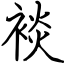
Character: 裧